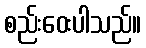
စည်းဝေးပါသည်။